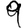
Digit: 9